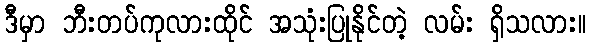
ဒီမှာ ဘီးတပ်ကုလားထိုင် အသုံးပြုနိုင်တဲ့ လမ်း ရှိသလား။